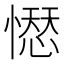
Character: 𢡊